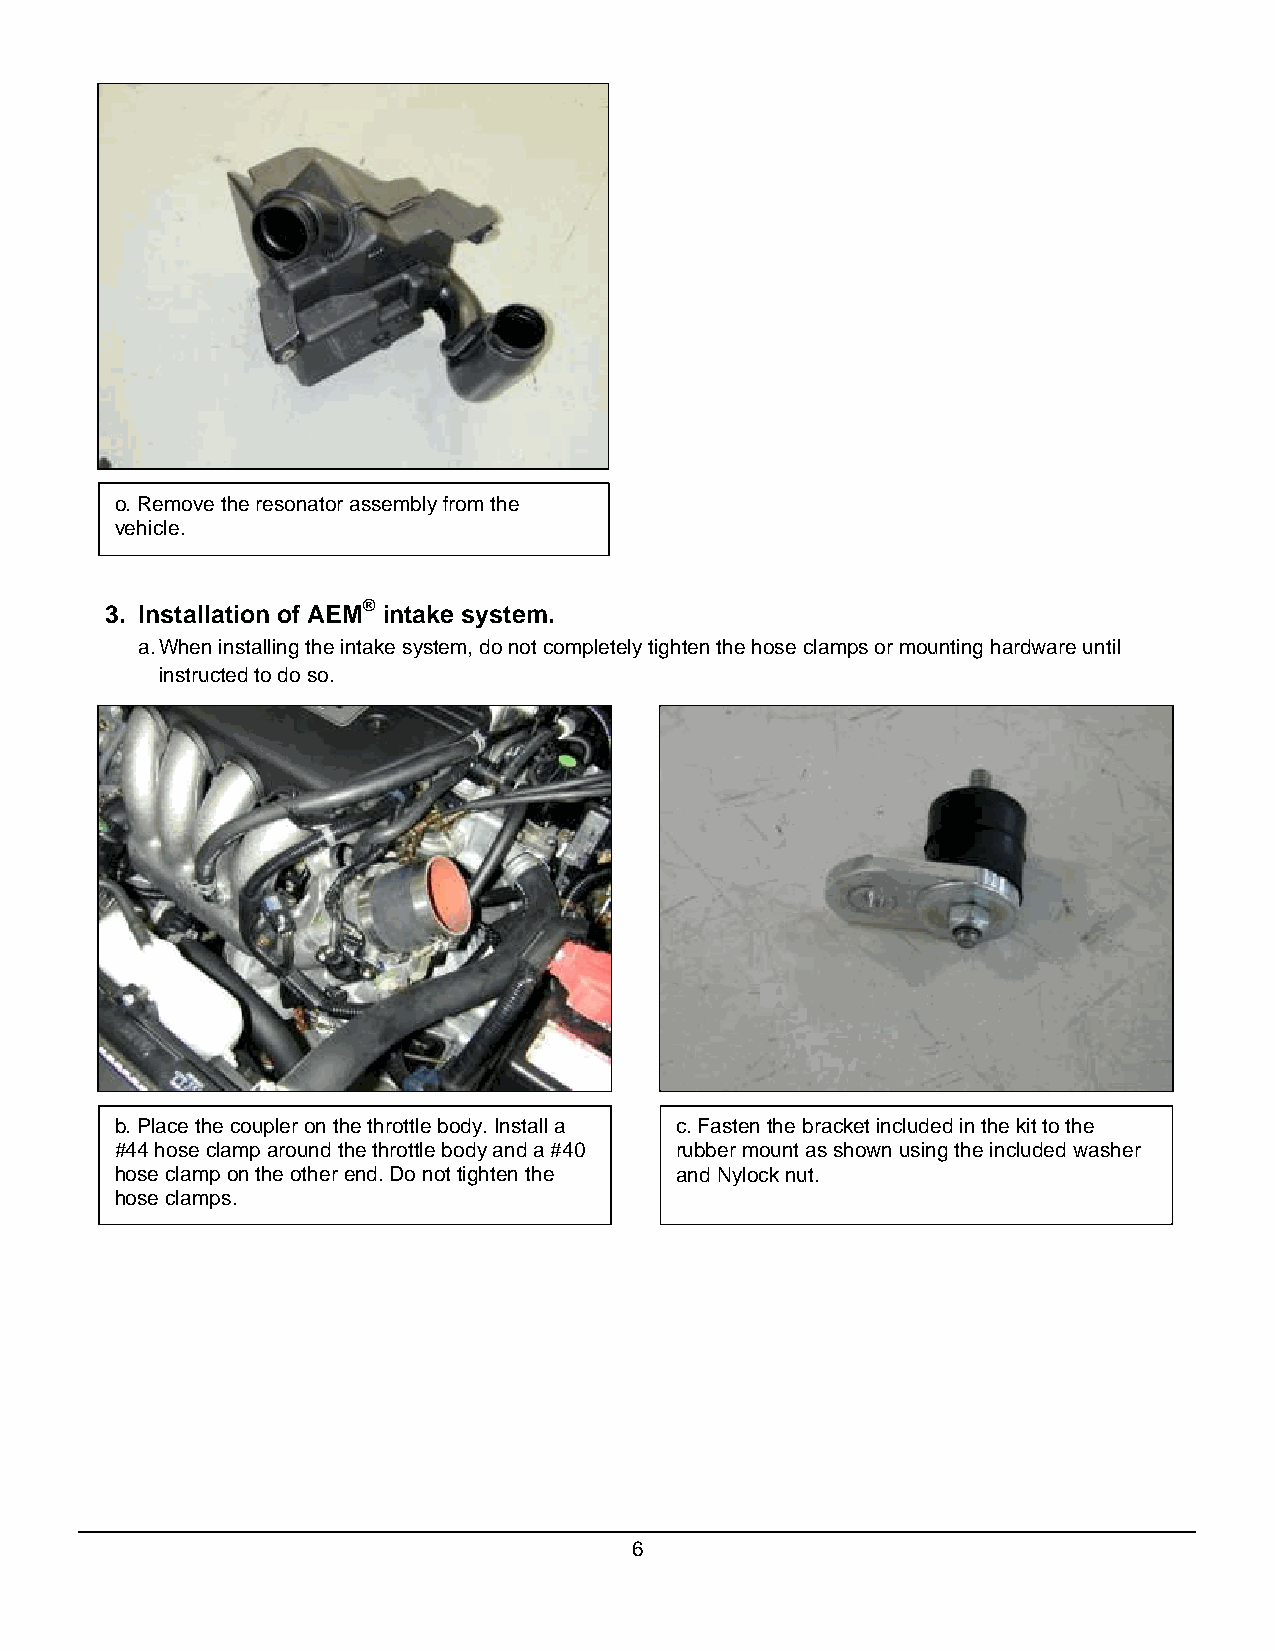
o. Remove the resonator assembly from the
 vehicle.
 3. Installation of AEM® intake system.
 a. When installing the intake system, do not completely tighten the hose clamps or mounting hardware until
 instructed to do so.
 b. Place the coupler on the throttle body. Install a c. Fasten the bracket included in the kit to the
 #44 hose clamp around the throttle body and a #40 rubber mount as shown using the included washer
 hose clamp on the other end. Do not tighten the and Nylock nut.
 hose clamps.
 6